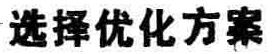
选择优化方案